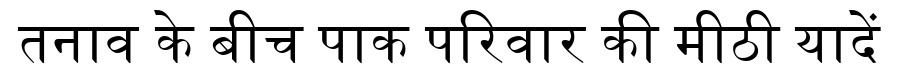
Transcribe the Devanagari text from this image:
तनाव के बीच पाक परिवार की मीठी यादें